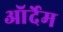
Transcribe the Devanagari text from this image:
ऑर्देम